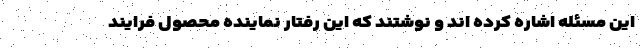
این مسئله اشاره کرده اند و نوشتند که این رفتار نماینده محصول فرایند